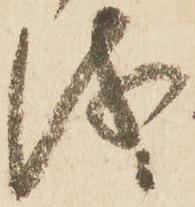
儀